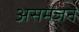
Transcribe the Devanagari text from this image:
असमंजन